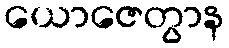
ယောဇေတွာန